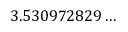
3 . 5 3 0 9 7 2 8 2 9 \ldots